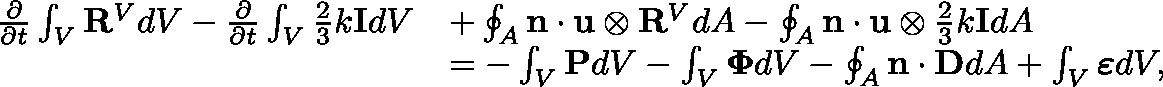
\begin{array} { r l } { \frac { \partial } { \partial t } \int _ { V } \mathbf { R } ^ { V } d V - \frac { \partial } { \partial t } \int _ { V } \frac { 2 } { 3 } k \mathbf { I } d V } & { + \oint _ { A } \mathbf { n } \cdot \mathbf { u } \otimes \mathbf { R } ^ { V } d A - \oint _ { A } \mathbf { n } \cdot \mathbf { u } \otimes \frac { 2 } { 3 } k \mathbf { I } d A } \\ & { = - \int _ { V } \mathbf { P } d V - \int _ { V } \mathbf { \Phi } d V - \oint _ { A } \mathbf { n } \cdot \mathbf { D } d A + \int _ { V } \boldsymbol { \varepsilon } d V , } \end{array}